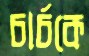
চার্চকে